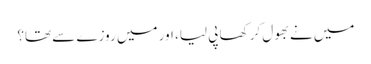
میں نے بھول کر کھا پی لیا، اور میں روزے سے تھا؟